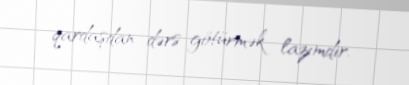
qardaşdan dərs götürmək lazımdır.